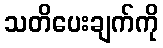
သတိပေးချက်ကို